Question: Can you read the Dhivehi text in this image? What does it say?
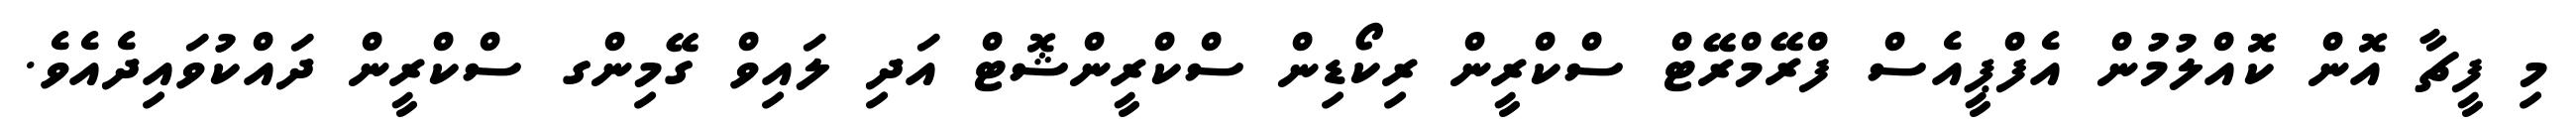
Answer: މި ފީޗާ އޮން ކޮއްލުމުން އެފްޕީއެސް ފްރޭމްރޭޓް ސްކްރީން ރިކޯޑިން ސްކްރީންޝޮޓް އަދި ލައިވް ގޭމިންގ ސްކްރީން ދައްކުވައިދެއެވެ.